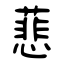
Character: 蕜